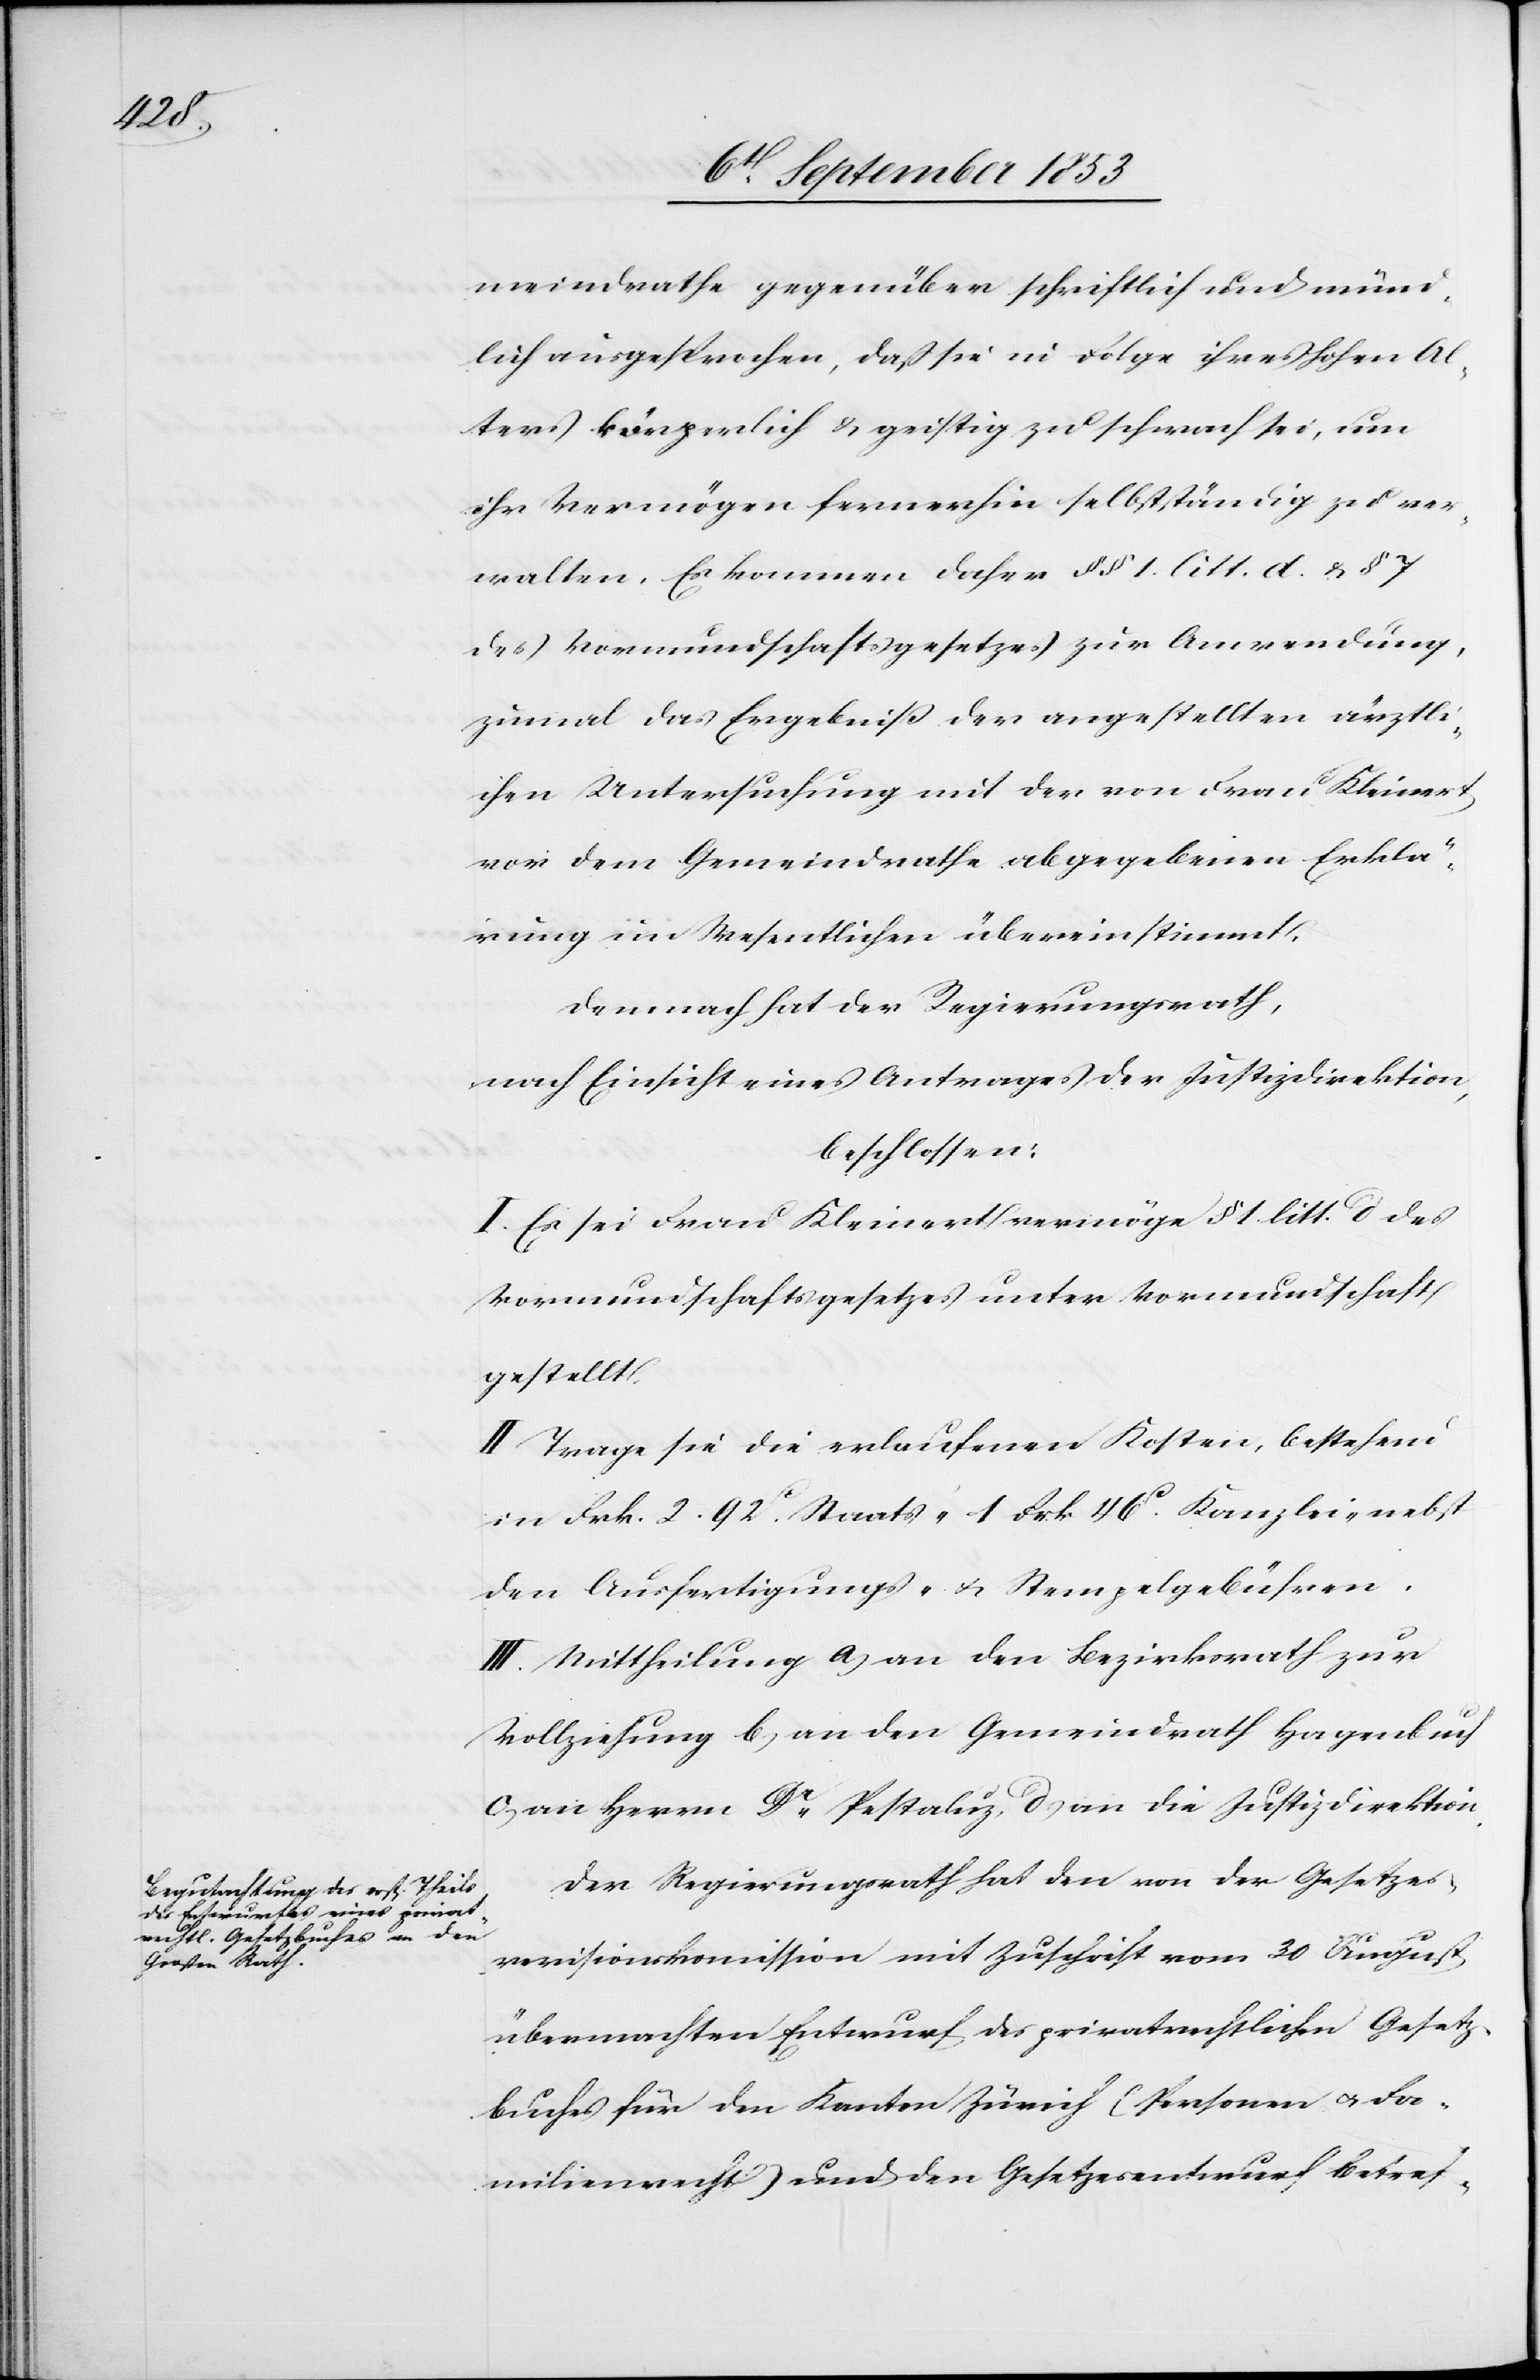
meindrathe gegenüber schriftlich und münd¬
lich ausgesprochen, daß sie in Folge ihres hohen Al¬
ters körperlich u. geistig zu schwach sei, um
ihr Vermögen fernerhin selbständig zu ver¬
walten. Es kommen daher §§ 1 litt. d. u. §
des Vormundschaftsgesetzes zur Anwendung,
zumal das Ergebniß der angestellten ärztli¬
chen Untersuchung mit der von Frau Kleinert
vor dem Gemeindrathe abgegebenen Erklä¬
rung im Wesentlichen übereinstimmt.
Demnach hat der Regierungsrath,
nach Einsicht eines Antrages der Justizdirektion,
beschlossen:
I. Es sei Frau Kleinert vermöge § 1 litt. d des
Vormundschaftgesetzes unter Vormundschaft
gestellt.
II. Trage sie die erlaufenen Kosten, bestehend
in Frk. 2.92c Staats- 1. Frk. 46c Kanzlei- nebst
den Ausfertigungs- u. Stempelgebühren.
III. Mittheilung a, an den Bezirksrath zur
Vollziehung, b, an den Gemeindrath Hagenbuch
c, an Herrn Dr Pestaluz, d, an die Justizdirektion.
Der Regierungsrath hat den von der Gesetzes¬
revisionskommission mit Zuschrift vom 30 August
übermachten Entwurf des privatrechtlichen Gesetz¬
esbuches für den Kanton Zürich (Personen u. Fa¬
milienrecht) und den Gesetzesentwurf betref-